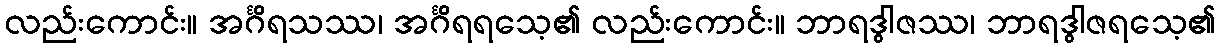
လည်းကောင်း။ အင်္ဂိရသဿ၊ အင်္ဂိရရသေ့၏ လည်းကောင်း။ ဘာရဒွါဇဿ၊ ဘာရဒွါဇရသေ့၏